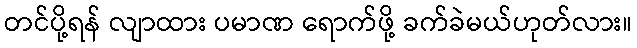
တင်ပို့ရန် လျာထား ပမာဏ ရောက်ဖို့ ခက်ခဲမယ်ဟုတ်လား။